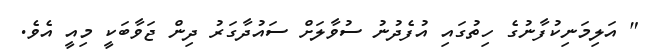
" އަލިމަނިކުފާނުގެ ހިތުގައި އުފެދުނު ސުވާލަށް ސައުދާގަރު ދިން ޖަވާބަކީ މިއީ އެވެ.